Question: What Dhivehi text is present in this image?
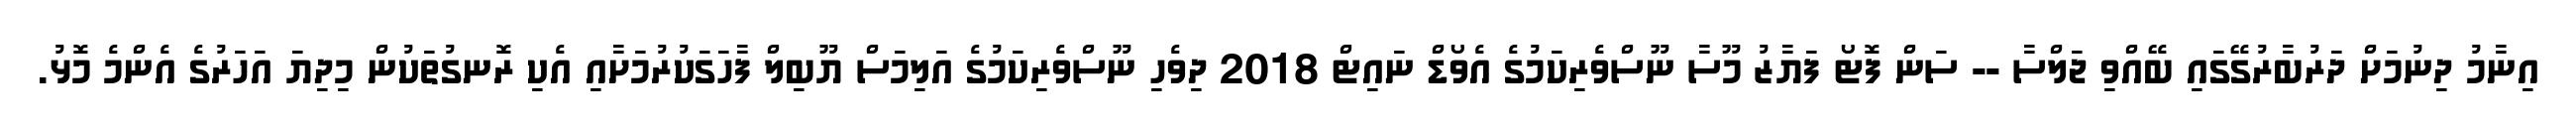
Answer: އިނާމު ދިނުމަށް ދަރުބާރުގޭގައި ބޭއްވި ޖަލްސާ -- ސަން ފޮޓޯ ފަޔާޒު މޫސާ ނޫސްވެރިކަމުގެ އެވޯޑް ނައިޓް 2018 ދިވެހި ނޫސްވެރިކަމުގެ އަލިމަސް ޔޫބިލް ފާހަގަކުރުމަށާއި އެކި ރޮނގުތަކުން މިދިޔަ އަހަރުގެ އެންމެ މޮޅު.